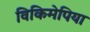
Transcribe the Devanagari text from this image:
विकिमेपिया